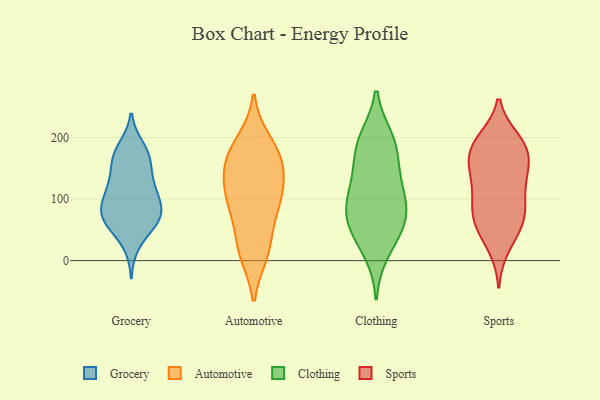
{"axis": {"x": "Satisfaction Score", "y": "Value"}, "legend": ["Automotive", "Clothing", "Grocery", "Sports"], "data": [{"x": "", "y": 178, "type": "Grocery"}, {"x": "", "y": 184, "type": "Grocery"}, {"x": "", "y": 26, "type": "Grocery"}, {"x": "", "y": 101, "type": "Grocery"}, {"x": "", "y": 127, "type": "Grocery"}, {"x": "", "y": 128, "type": "Grocery"}, {"x": "", "y": 62, "type": "Grocery"}, {"x": "", "y": 85, "type": "Grocery"}, {"x": "", "y": 122, "type": "Grocery"}, {"x": "", "y": 65, "type": "Grocery"}, {"x": "", "y": 95, "type": "Grocery"}, {"x": "", "y": 103, "type": "Grocery"}, {"x": "", "y": 75, "type": "Grocery"}, {"x": "", "y": 159, "type": "Grocery"}, {"x": "", "y": 163, "type": "Grocery"}, {"x": "", "y": 72, "type": "Grocery"}, {"x": "", "y": 169, "type": "Grocery"}, {"x": "", "y": 60, "type": "Grocery"}, {"x": "", "y": 65, "type": "Grocery"}, {"x": "", "y": 71, "type": "Automotive"}, {"x": "", "y": 101, "type": "Automotive"}, {"x": "", "y": 12, "type": "Automotive"}, {"x": "", "y": 95, "type": "Automotive"}, {"x": "", "y": 156, "type": "Automotive"}, {"x": "", "y": 172, "type": "Automotive"}, {"x": "", "y": 95, "type": "Automotive"}, {"x": "", "y": 143, "type": "Automotive"}, {"x": "", "y": 151, "type": "Automotive"}, {"x": "", "y": 193, "type": "Automotive"}, {"x": "", "y": 26, "type": "Automotive"}, {"x": "", "y": 119, "type": "Automotive"}, {"x": "", "y": 183, "type": "Automotive"}, {"x": "", "y": 14, "type": "Automotive"}, {"x": "", "y": 93, "type": "Clothing"}, {"x": "", "y": 195, "type": "Clothing"}, {"x": "", "y": 70, "type": "Clothing"}, {"x": "", "y": 122, "type": "Clothing"}, {"x": "", "y": 185, "type": "Clothing"}, {"x": "", "y": 72, "type": "Clothing"}, {"x": "", "y": 159, "type": "Clothing"}, {"x": "", "y": 49, "type": "Clothing"}, {"x": "", "y": 128, "type": "Clothing"}, {"x": "", "y": 198, "type": "Clothing"}, {"x": "", "y": 48, "type": "Clothing"}, {"x": "", "y": 92, "type": "Clothing"}, {"x": "", "y": 14, "type": "Clothing"}, {"x": "", "y": 56, "type": "Sports"}, {"x": "", "y": 22, "type": "Sports"}, {"x": "", "y": 64, "type": "Sports"}, {"x": "", "y": 150, "type": "Sports"}, {"x": "", "y": 78, "type": "Sports"}, {"x": "", "y": 185, "type": "Sports"}, {"x": "", "y": 193, "type": "Sports"}, {"x": "", "y": 42, "type": "Sports"}, {"x": "", "y": 196, "type": "Sports"}, {"x": "", "y": 125, "type": "Sports"}, {"x": "", "y": 166, "type": "Sports"}, {"x": "", "y": 93, "type": "Sports"}, {"x": "", "y": 80, "type": "Sports"}, {"x": "", "y": 133, "type": "Sports"}, {"x": "", "y": 183, "type": "Sports"}, {"x": "", "y": 83, "type": "Sports"}, {"x": "", "y": 187, "type": "Sports"}, {"x": "", "y": 130, "type": "Sports"}, {"x": "", "y": 154, "type": "Sports"}]}